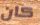
كان